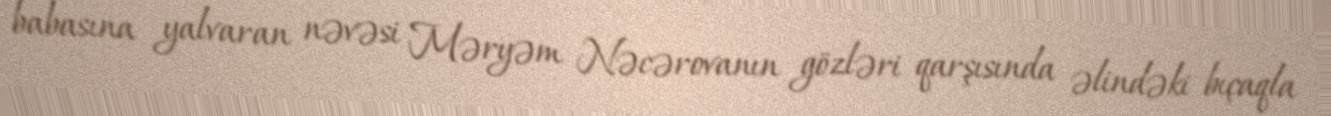
babasına yalvaran nəvəsi Məryəm Nəcərovanın gözləri qarşısında əlindəki bıçaqla